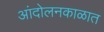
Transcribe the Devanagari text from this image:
आंदोलनकाळात